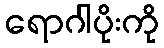
ရောဂါပိုးကို